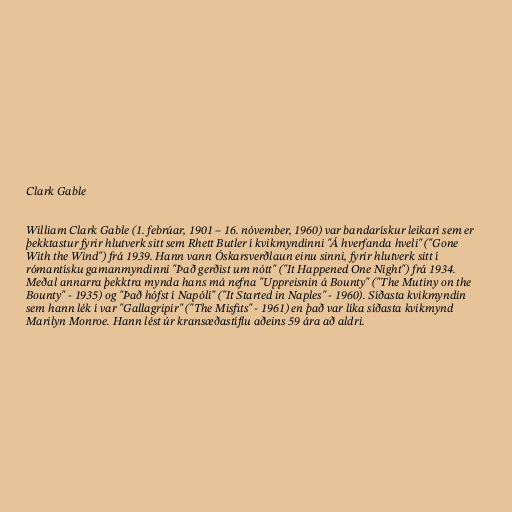
Clark Gable

William Clark Gable (1. febrúar, 1901 – 16. nóvember, 1960) var bandarískur leikari sem er
þekktastur fyrir hlutverk sitt sem Rhett Butler í kvikmyndinni "Á hverfanda hveli" ("Gone
With the Wind") frá 1939. Hann vann Óskarsverðlaun einu sinni, fyrir hlutverk sitt í
rómantísku gamanmyndinni "Það gerðist um nótt" ("It Happened One Night") frá 1934.
Meðal annarra þekktra mynda hans má nefna "Uppreisnin á Bounty" ("The Mutiny on the
Bounty" - 1935) og "Það hófst í Napólí" ("It Started in Naples" - 1960). Síðasta kvikmyndin
sem hann lék í var "Gallagripir" ("The Misfits" - 1961) en það var líka síðasta kvikmynd
Marilyn Monroe. Hann lést úr kransæðastíflu aðeins 59 ára að aldri.